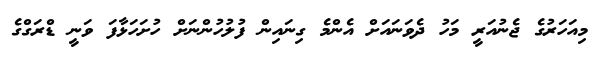
މިއަހަރުގެ ޖެނުއަރީ މަހު ދެވަނައަށް އެންމެ ގިނައިން ފުލުހުންނަށް ހުށަހަޅާފަ ވަނީ ޑްރަގްގެ